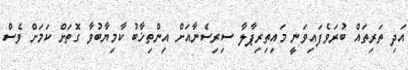
އަދި ތަރިތައް ބުރަވެފައިވަނީ މައިތިރިޕާލާ ސިރިސެނާއަށް އިންތިޚާބު ކާމިޔާބުވާ ގޮތަށް ކަމަށް ވެސް